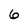
Character: 6